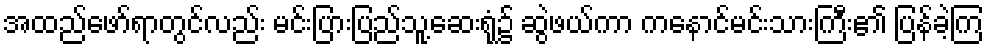
အထည်ဖော်ရာတွင်လည်း မင်းပြားပြည်သူ့ဆေးရုံ၌ ဆွဲဖယ်ကာ ကနောင်မင်းသားကြီး၏ ပြန်ခဲ့ကြ